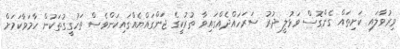
ވިރުވާލައި ކަށިތައް ގެންގޮސް ވަޅުލީ ދުރު ސަރަހައްދެއްގައިވާ ތުރުކީގެ ޖަންގައްޔެއްގައިކަންވެސް ތަހުގީގުތަކުން ހާމަވާކަމަށް